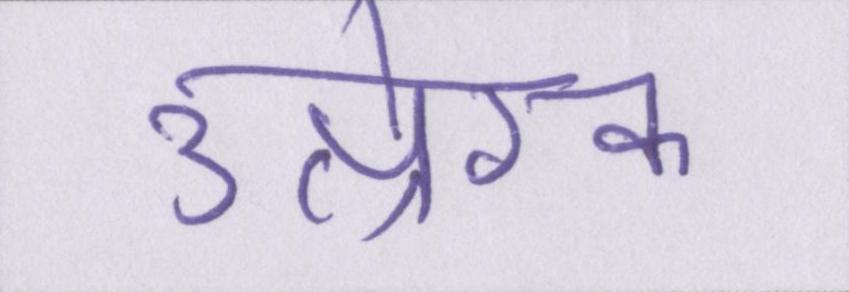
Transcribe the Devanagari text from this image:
उत्प्रेरक